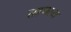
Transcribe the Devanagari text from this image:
सहकाअ